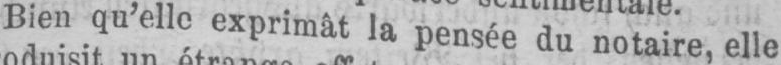
Bien qu’elle exprimât la penséedunotaire,elle